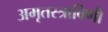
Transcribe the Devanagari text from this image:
अमृतस्त्राविणी